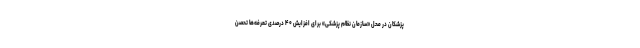
پزشکان در محل «سازمان نظام پزشکی» برای افزایش ۴۰ درصدی تعرفه‌ها تحصن